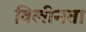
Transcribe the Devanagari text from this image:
विलीनता